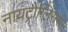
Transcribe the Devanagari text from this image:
नायट्रोग्लिसरीन